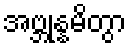
အဗ္ဘုန္နမိတွာ